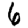
Digit: 6